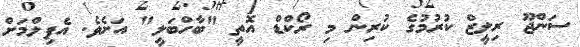
ސަންޖޫ ރިލީޒް ކުރުމުގެ ކުރިން މި ރޯކްޑް އޮތީ "ބާހްބަލީ" އަށެވެ. އެފިލްމަށް